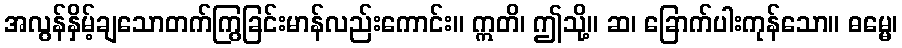
အလွန်နှိမ့်ချသောတက်ကြွခြင်းမာန်လည်းကောင်း။ ဣတိ၊ ဤသို့။ ဆ၊ ခြောက်ပါးကုန်သော။ ဓမ္မေ၊